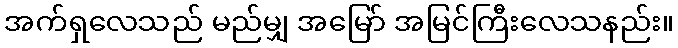
အက်ရှလေသည် မည်မျှ အမြော် အမြင်ကြီးလေသနည်း။